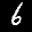
Label: 6